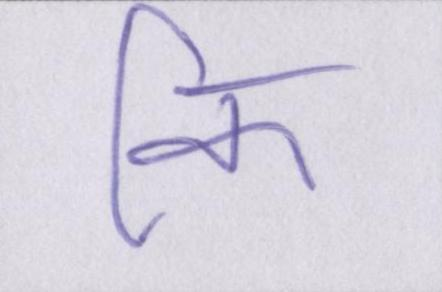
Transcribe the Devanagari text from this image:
कि